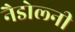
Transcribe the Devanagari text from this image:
नैडोल्नी